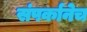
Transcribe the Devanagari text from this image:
संपर्कानेच